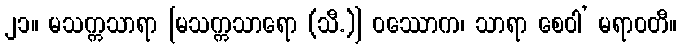
၂၁။ မသက္ကသာရာ [မသက္ကသာရော (သီ.)] ဝဿောက၊ သာရာ စေဝါ’ မရာဝတီ။